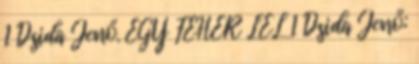
1 Dsida Jenő. EGY FEHÉR LÉL 1 Dsida Jenő: